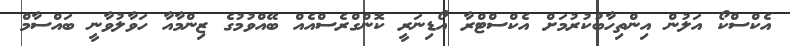
އެކްސްކޯ އަލުން އިންތިހާބުކުރުމަށް އެކްސްޓްރާ އޯޑިނަރީ ކޮންގްރެސްއެއް ބޭއްވުމުގެ ޒިންމާއާ ހަވާލުވާނީ ބައްސާމް